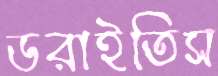
ডরাইতিস